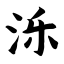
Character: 泺